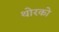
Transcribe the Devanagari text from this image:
थोरको